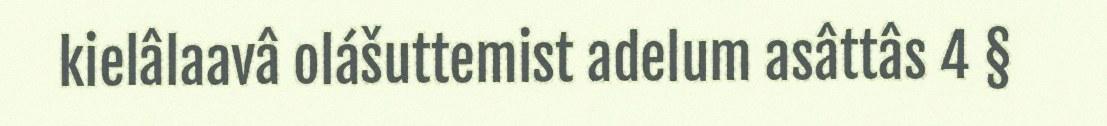
kielâlaavâ olášuttemist adelum asâttâs 4 §